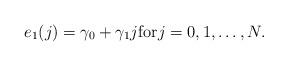
LaTeX: \begin{align*}e_1(j)=\gamma_0+\gamma_1j \mbox{for} j=0,1, \ldots , N .\end{align*}